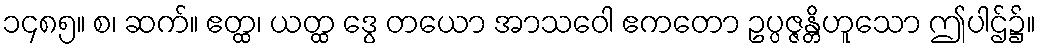
၁၄၈၅။ စ၊ ဆက်။ ဧတ္ထ၊ ယတ္ထ ဒွေ တယော အာသဝေါ ဧကတော ဥပ္ပဇ္ဇန္တိဟူသော ဤပါဌ်၌။